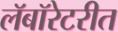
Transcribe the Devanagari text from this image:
लॅबॉरेटरीत